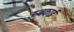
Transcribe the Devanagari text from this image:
ऊबकाई